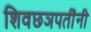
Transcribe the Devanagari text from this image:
शिवछञपतींनी